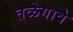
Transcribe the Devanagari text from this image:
तळेगावे